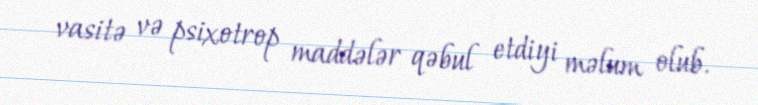
vasitə və psixotrop maddələr qəbul etdiyi məlum olub.